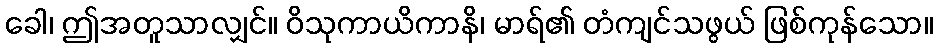
ခေါ၊ ဤအတူသာလျှင်။ ဝိသုကာယိကာနိ၊ မာရ်၏ တံကျင်သဖွယ် ဖြစ်ကုန်သော။